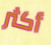
أكثر